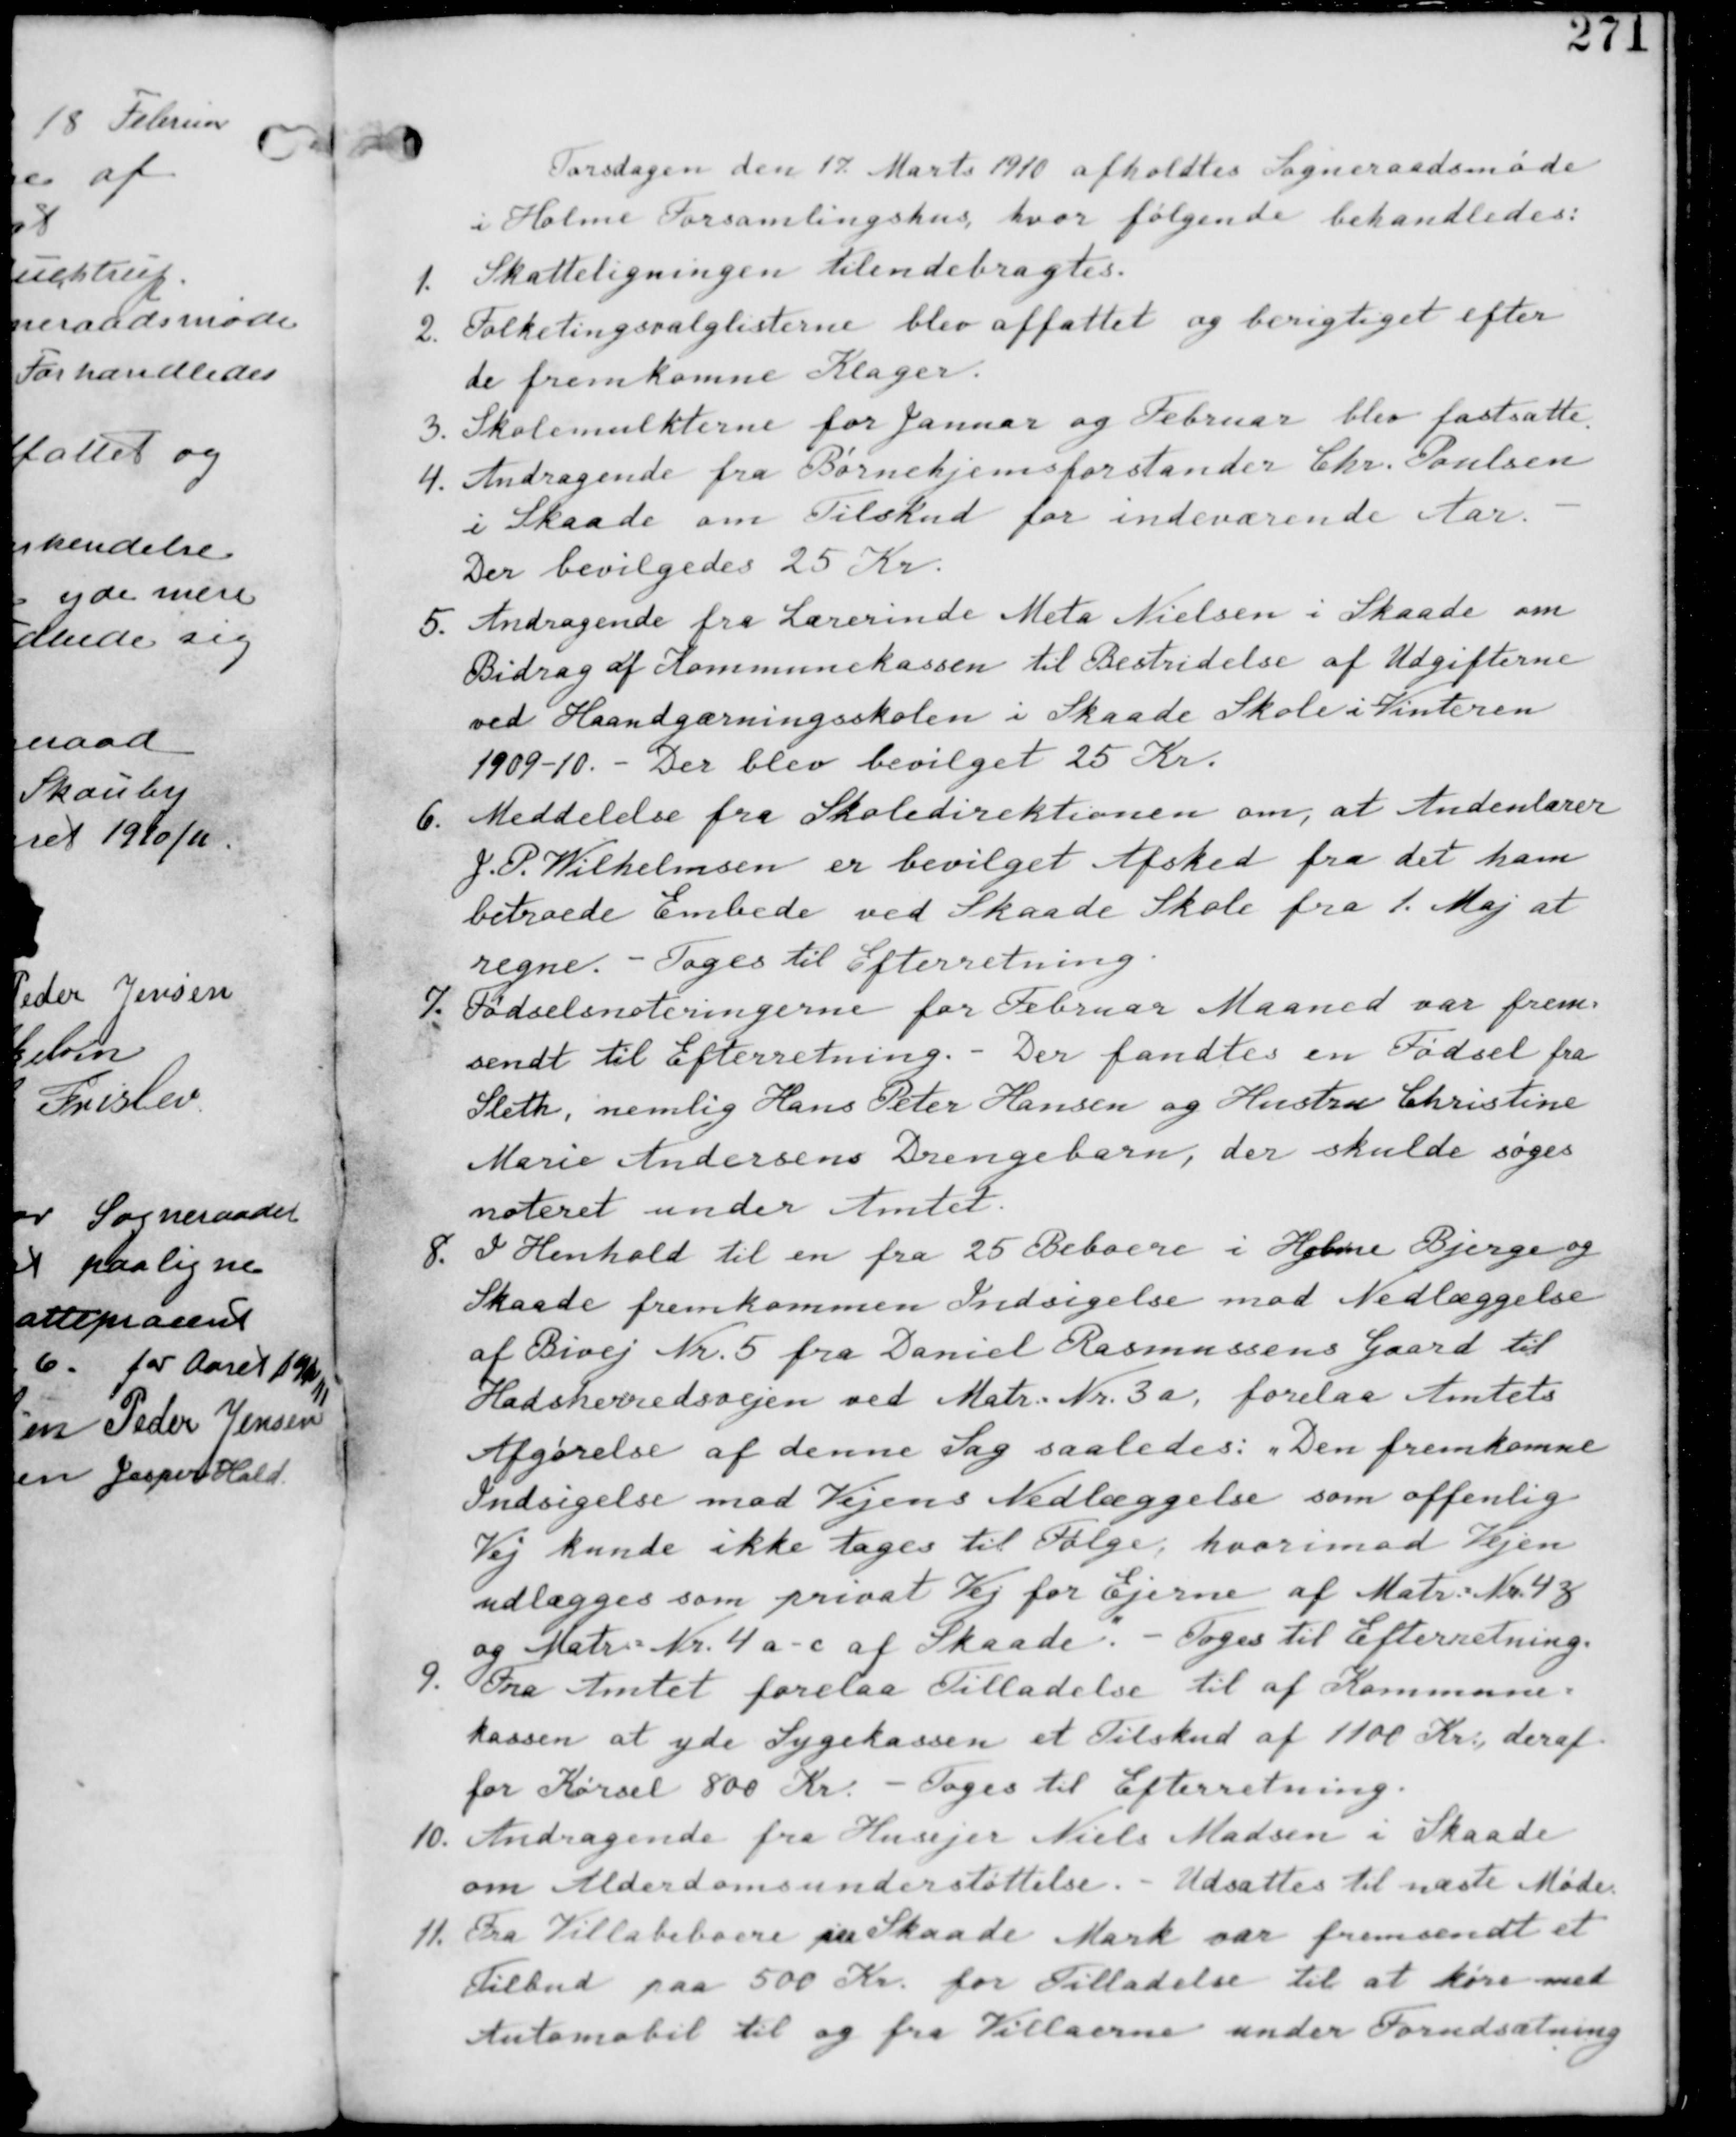
Transskription:
Torsdagen den 17 Marts 1910 afholdtes Sogneraadsmøde
i Holme Forsamlingshus hvor følgende behandledes.

1. Skatteligningen tilendebragtes.

2. Folketingsvalglisterne blev affattet og berigtiget efter
de fremkomne Klager.

3. Skolemulkterne for Januar og Februar blev fastsatte.

4. Andragende fra Børnehjemsforstander Chr. Poulsen
i Skaade om Tilskud for indenævnte Aar.
Der Bevilgedes 25 Kr.

Andragende fra Lærerinde Meta Nielsen i Skaade om
Bidrag af Kommunekassen til Bestridelse af Udgifterne
ved Haandgærningsskolen i Skaade Skole i Vinteren
1909-10. - Der blev bevilget 25 Kr.

6. Meddelelse fra Skoledirektionen om, at Andenlærer
J. P. Wilhelmsen er bevilget Afsked fra det ham
betroede Embede ved Skaade Skole fra 1. Maj at
regne. - Tages til Efterretning.

7. Fødselsnoteringerne fra Februar Maaned var frem-
sendt til Efterretning. - Der fandtes en Fødsel fra
Sleth, nemlig Hans Peter Hansen og Hustru Christine
Marie Andersens Drengebarn, der skulde søges
noteret under Amtet.

8. I Henhold til en fra 25 Beboere i Holme Bjerge og
Skaade fremkommen Indsigelse mod Nedlæggelse
af Bivej Nr. 5 fra Daniel Rasmussens Gaard til
Hadsherredsvejen ved Matr. Nr. 3a. forelaa Amtets
Afgørelse af denne Sag saaledes i Den fremkomne
Indsigelse mod Vejens Nedlæggelse som offenlig
Vej kunde ikke tages til Følger. hvorimod Vejen
udlægges som privat Vej for Ejerne af Matr. Nr. 4g
og Matr. Nr. 4a-c af Skaade. Tages til Efterretning.

9. Fra Amtet forelaa Tilladelse til af Kommune-
kassen at yde Sygekassen et Tilskud af 1100 Kr deraf
for Kørsel 800 Kr. - tages til Efterretning.

10. Andragende fra Husejer Niels Madsen i Skaade
om Alderdomsunderstøttelse. - Udsættes til næste Møde.

11. Fra Villabeboere paa Skaade Mark var fremsendt et
Tilbud paa 500 Kr. for Tilladelse til at køre med
Automobil til og fra Villaerne under Forudsætning